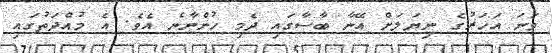
ވަނަ އަހަރުގެ ނިޔަލަށް އޭނާ ބާސާގައި ދެމި ހުންނާނެ އެވެ. އެ މުއްދަތުގައި